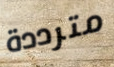
مترددة